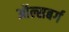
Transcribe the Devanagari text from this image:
ऑल्सबर्ग